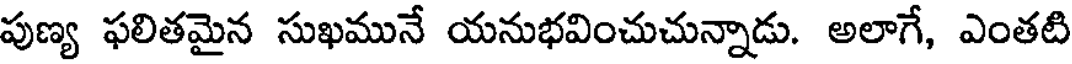
పుణ్య ఫలితమైన సుఖమునే యనుభవించుచున్నాడు. అలాగే, ఎంతటి